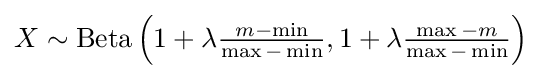
X\sim \operatorname {Beta} \left(1+\lambda {\tfrac {m-\min }{\max -\min }},1+\lambda {\tfrac {\max -m}{\max -\min }}\right)